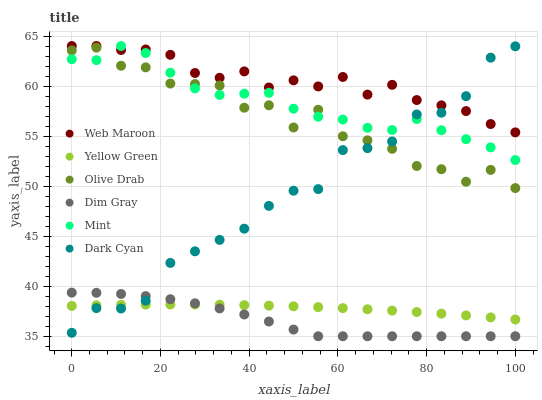
| xaxis_label | Web Maroon | Yellow Green | Olive Drab | Dim Gray | Mint | Dark Cyan |
 | --- | --- | --- | --- | --- | --- | --- |
 | 0 | 64 | 38 | 63.6 | 39.4 | 62.7 | 35.3 |
 | 5.56 | 64 | 38.1 | 63.8 | 39.3 | 62.6 | 37.8 |
 | 11.1 | 63.6 | 38.1 | 62 | 39.2 | 64 | 37.8 |
 | 16.7 | 63.7 | 38.2 | 61.9 | 39 | 63.3 | 38.6 |
 | 22.2 | 63.1 | 38.2 | 60.2 | 38.7 | 61.3 | 42.3 |
 | 27.8 | 61.3 | 38.2 | 60.2 | 38.3 | 59.8 | 43.5 |
 | 33.3 | 60.8 | 38.1 | 60.1 | 37.8 | 59.1 | 44.6 |
 | 38.9 | 61.5 | 38.1 | 57.8 | 37.2 | 59.2 | 45.7 |
 | 44.4 | 59.9 | 38.1 | 58.1 | 36.5 | 59.3 | 48 |
 | 50 | 60.6 | 38 | 55.9 | 35.7 | 57.7 | 49.5 |
 | 55.6 | 60 | 37.9 | 57.6 | 35 | 56.9 | 49.7 |
 | 61.1 | 60.9 | 37.8 | 55 | 35 | 56.7 | 53.6 |
 | 66.7 | 59.1 | 37.7 | 54.6 | 35 | 55.8 | 53.8 |
 | 72.2 | 60.1 | 37.6 | 53.7 | 35 | 55.6 | 54.5 |
 | 77.8 | 58.6 | 37.4 | 52 | 35 | 56.7 | 57.2 |
 | 83.3 | 58.1 | 37.3 | 51.7 | 35 | 55.6 | 57.3 |
 | 88.9 | 57.5 | 37.1 | 50.4 | 35 | 54.7 | 59 |
 | 94.4 | 56.2 | 36.9 | 51.6 | 35 | 53.9 | 62.8 |
 | 100 | 55.4 | 36.7 | 49.8 | 35 | 52.6 | 64 |